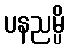
ပနညမ္ပိ